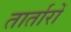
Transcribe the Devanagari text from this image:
तार्तारों